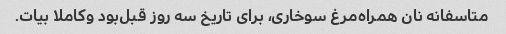
متاسفانه نان همراه‌مرغ سوخاری، برای تاریخ سه روز قبل‌بود و‌کاملا بیات.